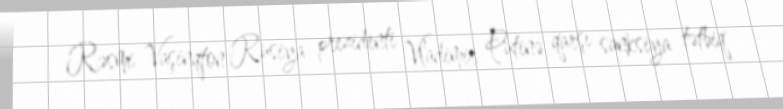
Rəsmi Vaşinqton Rusiya prezidenti Vladimir Putinə qarşı sanksiya tətbiq